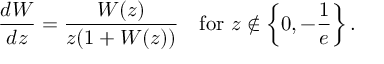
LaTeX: { \frac { d W } { d z } } = { \frac { W ( z ) } { z ( 1 + W ( z ) ) } } \quad { \mathrm { f o r ~ } } z \not \in \left\{ 0 , - { \frac { 1 } { e } } \right\} .